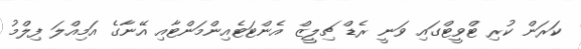
ކަރަން ކުރި ޓްވީޓްގައި ވަނީ ރެޑް ޗިލީޒް އެންޓަޓެއިންމަންޓާއި އޭނާގެ އަމިއްލަ ފިލްމު